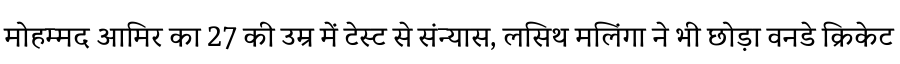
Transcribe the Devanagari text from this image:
मोहम्मद आमिर का 27 की उम्र में टेस्ट से संन्यास, लसिथ मलिंगा ने भी छोड़ा वनडे क्रिकेट